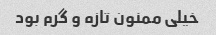
خیلی ممنون تازه و گرم بود